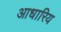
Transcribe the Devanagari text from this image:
आधारिय